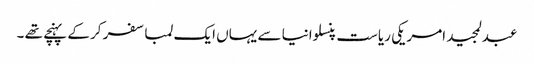
عبدلمجید امریکی ریاست پنسلوانیا سے یہاں ایک لمبا سفر کر کے پہنچے تھے ۔